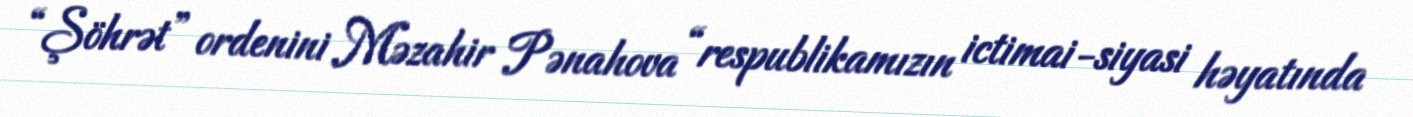
“Şöhrət” ordenini Məzahir Pənahova “respublikamızın ictimai-siyasi həyatında